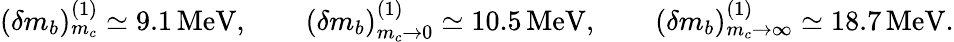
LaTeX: (\delta m_{b})_{m_{c}}^{(1)}\simeq 9.1\, \mathrm{MeV},\qquad(\delta m_{b})_{m_{c}\to 0}^{(1)}\simeq 10.5\, \mathrm{MeV},\qquad(\delta m_{b})_{m_{c}\to\infty}^{(1)}\simeq 18.7\, \mathrm{MeV}.